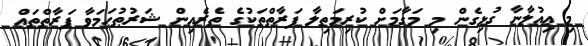
މި ޢިއުލާނާ ގުޅިގެން މި މަގާމަށް ކުރިމަތިލާ ފަރާތްތަކުގެ ތެރެއިން ޝަރުޠުހަމަވާ ފަރާތްތައް